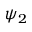
\psi _ { 2 }